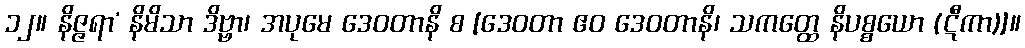
၁၂။ နိဇ္ဇရာ’ နိမိသာ ဒိဗ္ဗာ၊ အပုမေ ဒေဝတာနိ စ [ဒေဝတာ ဧဝ ဒေဝတာနိ၊ သကတ္ထေ နိပစ္စယော (ဋီကာ)]။